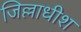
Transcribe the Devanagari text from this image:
जिल्लाधीश